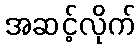
အဆင့်လိုက်